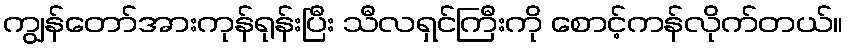
ကျွန်တော်အားကုန်ရုန်းပြီး သီလရှင်ကြီးကို စောင့်ကန်လိုက်တယ်။